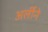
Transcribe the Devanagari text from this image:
अर्लीने